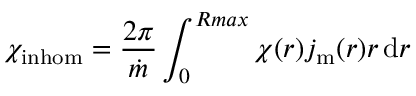
\chi _ { \mathrm { i n h o m } } = \frac { 2 \pi } { \dot { m } } \int _ { 0 } ^ { R m a x } \chi ( r ) j _ { \mathrm { m } } ( r ) r \, \mathrm { d } r